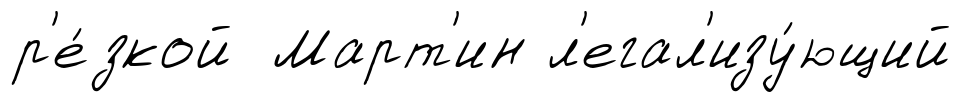
р'е́зкой Март'ин л'егал'изу́ющий